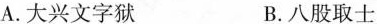
()A.大兴文字狱 B.八股取士